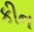
કીન